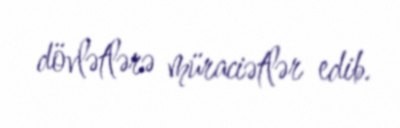
dövlətlərə müraciətlər edib.